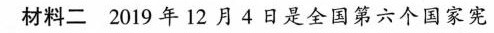
材料二 2019年12月4日是全国第六个国家宪